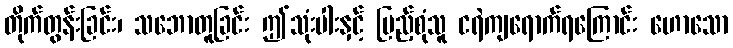
တိုက်တွန်းခြင်း၊ သဘောတူခြင်း ဤသုံးပါးနှင့် ပြည့်စုံသူ ငရဲကျရောက်ရကြောင်း ဟောသော